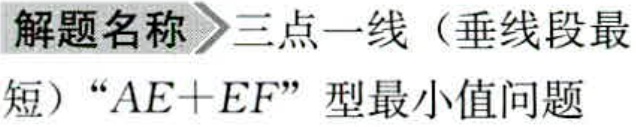
解题名称 \(\rhd\) 三点一线（垂线段最

短）“\(AE + EF\)”型最小值问题